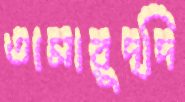
তামারুদ্দি